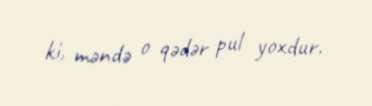
ki, məndə o qədər pul yoxdur.